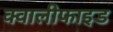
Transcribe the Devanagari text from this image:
क्वालीफाइड